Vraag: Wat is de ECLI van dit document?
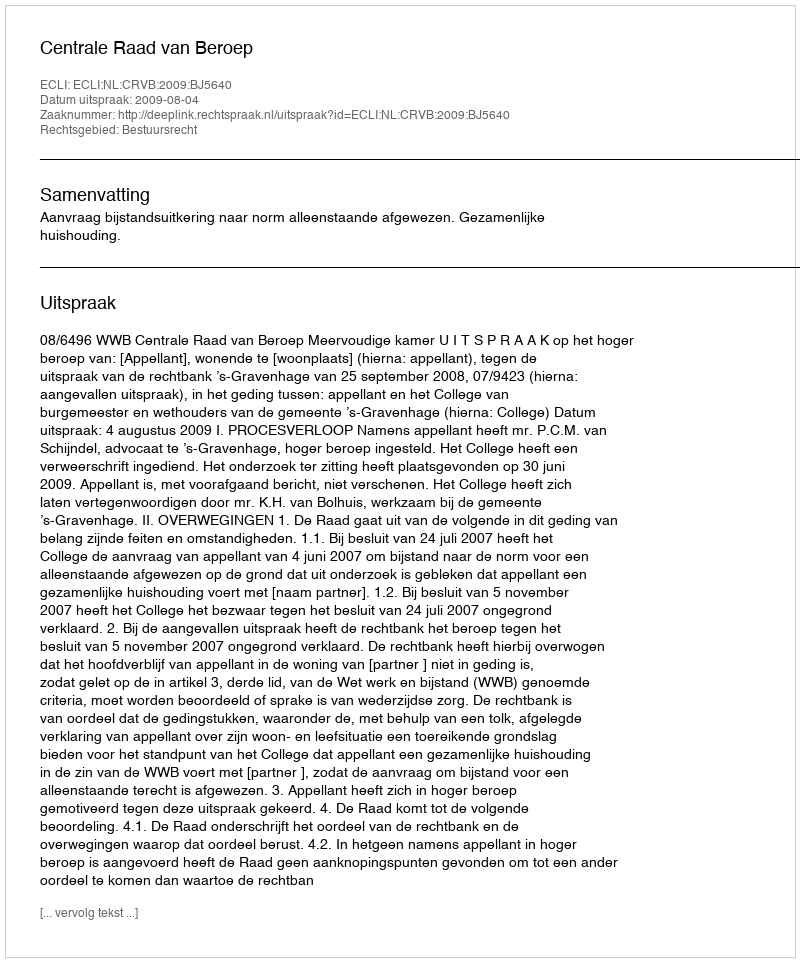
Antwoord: ECLI:NL:CRVB:2009:BJ5640